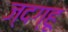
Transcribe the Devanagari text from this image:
ज्दग्हू